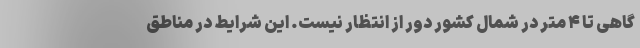
گاهی تا ۴ متر در شمال کشور دور از انتظار نیست. این شرایط در مناطق